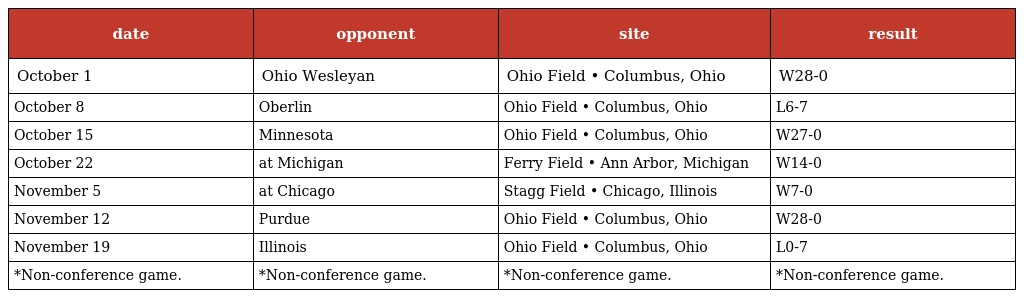
| date | opponent | site | result |
 | --- | --- | --- | --- |
 | October 1 | Ohio Wesleyan | Ohio Field • Columbus, Ohio | W28-0 |
 | October 8 | Oberlin | Ohio Field • Columbus, Ohio | L6-7 |
 | October 15 | Minnesota | Ohio Field • Columbus, Ohio | W27-0 |
 | October 22 | at Michigan | Ferry Field • Ann Arbor, Michigan | W14-0 |
 | November 5 | at Chicago | Stagg Field • Chicago, Illinois | W7-0 |
 | November 12 | Purdue | Ohio Field • Columbus, Ohio | W28-0 |
 | November 19 | Illinois | Ohio Field • Columbus, Ohio | L0-7 |
 | *Non-conference game. | *Non-conference game. | *Non-conference game. | *Non-conference game. |